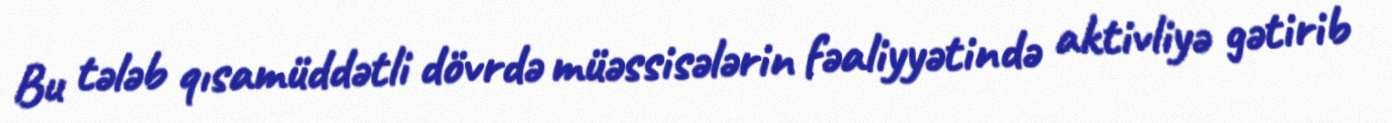
Bu tələb qısamüddətli dövrdə müəssisələrin fəaliyyətində aktivliyə gətirib